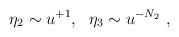
LaTeX: \begin{align*}\eta_2\sim u^{+1},~~\eta_3\sim u^{-N_2} \ ,\end{align*}